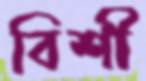
বিশী